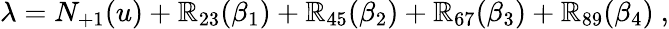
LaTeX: \lambda=N_{+1}(u)+\mathbb{R}_{23}(\beta_{1})+\mathbb{R}_{45}(\beta_{2})+\mathbb{R}_{67}(\beta_{3})+\mathbb{R}_{89}(\beta_{4})~,